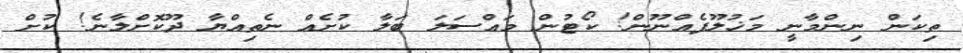
ތިކަން ނިންމާނީ މަޚުލޫފެއްނޫން! ކޯޓުން މައްސަލަ ބަލާ ކުށެއް ނެތިއްޔާ ދޫކޮށްލާނެ! ކުށް